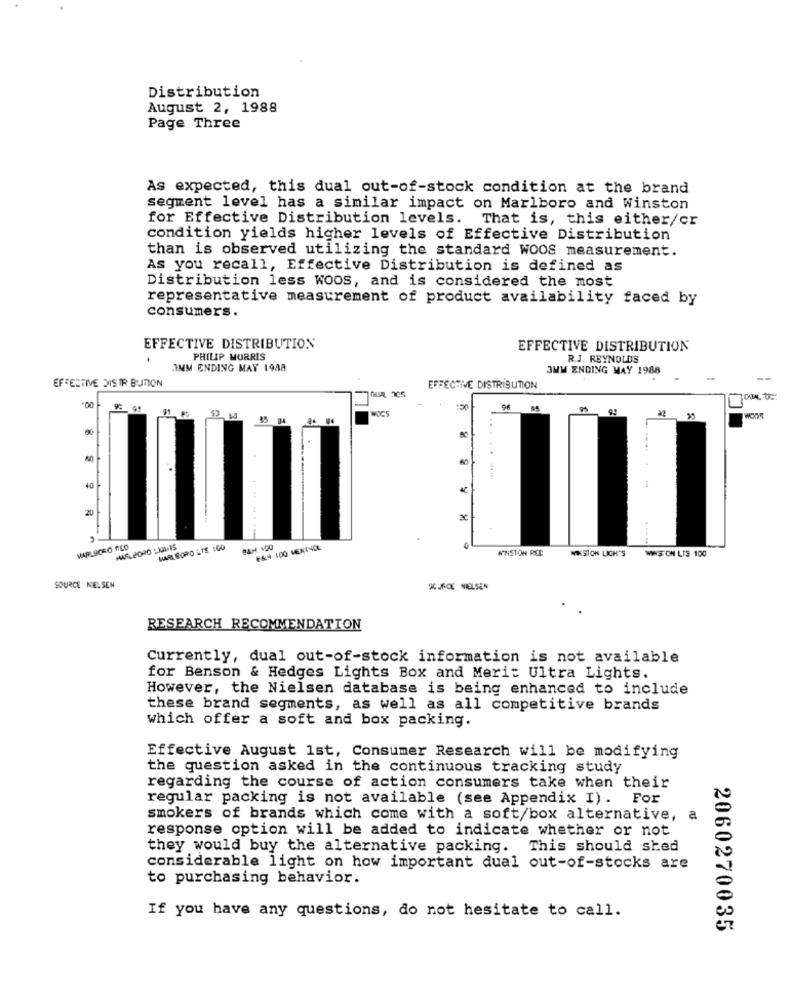
Distribution
August 2, 1988
Page Three
As expected, this dual out-of-stock condition at the brand
segment level has a similar impact on Marlboro and Winston
for Effective Distribution levels. That is, this either/cr
condition yields higher levels of Effective Distribution
than is observed utilizing the standard WOOS measurement.
As you recall, Effective Distribution is defined as
Distribution less WOOs, and is considered the most
representative measurement of product availability faced by
consumers.
EFFECTIVE DISTRIBUTION
EFFECTIVE DISTRIBUTION
PHILIP MORRIS
R.J. REYNOLDS
IMM ENDING MAY 198A
3MM ENDING MAY 1988
EFFECTIVE DISTR BUTION
EFFECTIVE DISTRIBUTION
95 95
...
40
20
......
MARL SORD LTS 100
E&4 100 MENT40
ANISTON REC
WESTON LICH'S
MANS CH LTS 100
SOURCE NELSEN
SOURCE NIELSEN
RESEARCH RECOMMENDATION
Currently, dual out-of-stock information is not available
for Benson & Hedges Lights Box and Merit Ultra Lights.
However, the Nielsen database is being enhanced to include
these brand segments, as well as all competitive brands
which offer a soft and box packing.
Effective August 1st, Consumer Research will be modifying
the question asked in the continuous tracking study
regarding the course of action consumers take when their
regular packing is not available (see Appendix I). For
smokers of brands which come with a soft/box alternative, a
response option will be added to indicate whether or not
they would buy the alternative packing. This should shed
considerable light on how important dual out-of-stocks are
to purchasing behavior.
If you have any questions, do not hesitate to call.
2060270035